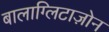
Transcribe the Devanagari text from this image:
बालाग्लिटाज़ोन